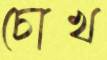
চোখ